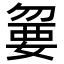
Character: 𡠍